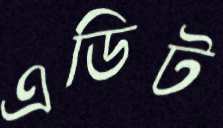
এডিট